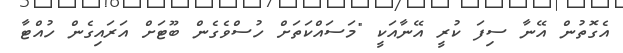
އެގޮތުން އޭނާ ސިފަ ކުރީ އޭނާއަކީ "މަސައްކަތަށް ހުސްވެގެން ބޫޓަށް އަރައިގެން ހުއްޓާ